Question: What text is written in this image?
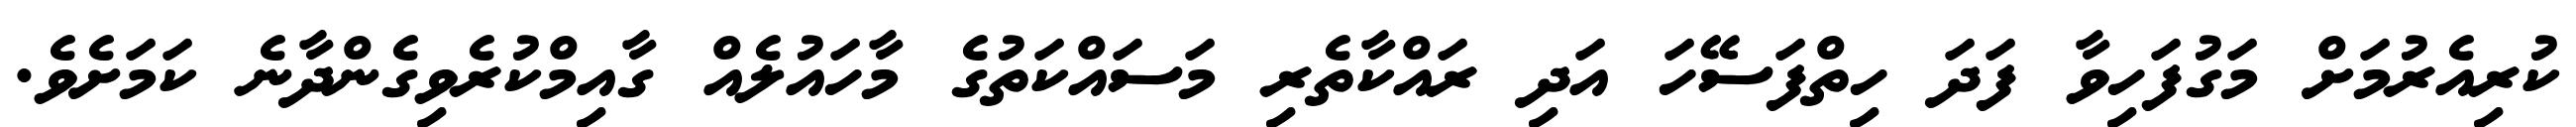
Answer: ކުރިއެރުމަށް މަގުފަހިވާ ފަދަ ހިތްފަސޭހަ އަދި ރައްކާތެރި މަސައްކަތުގެ މާހައުލެއް ގާއިމްކުރެވިގެންދާނެ ކަމަށެވެ.